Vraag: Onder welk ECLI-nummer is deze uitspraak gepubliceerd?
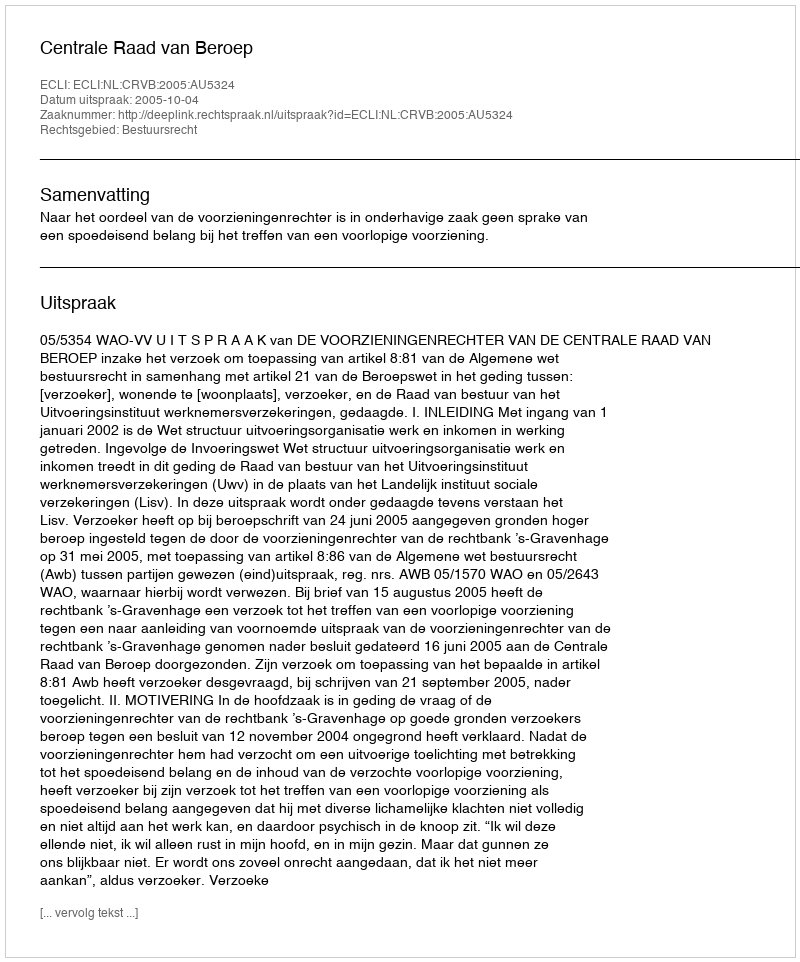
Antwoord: ECLI:NL:CRVB:2005:AU5324